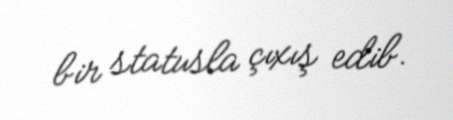
bir statusla çıxış edib.